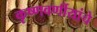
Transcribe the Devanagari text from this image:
कृष्णवर्णीयांचे